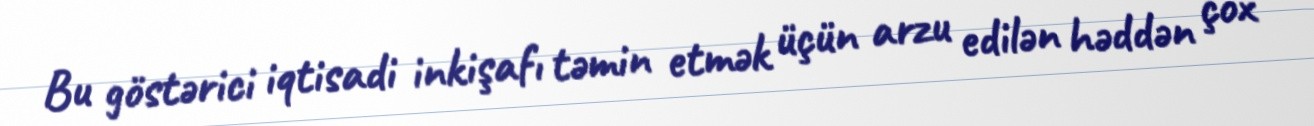
Bu göstərici iqtisadi inkişafı təmin etmək üçün arzu edilən həddən çox